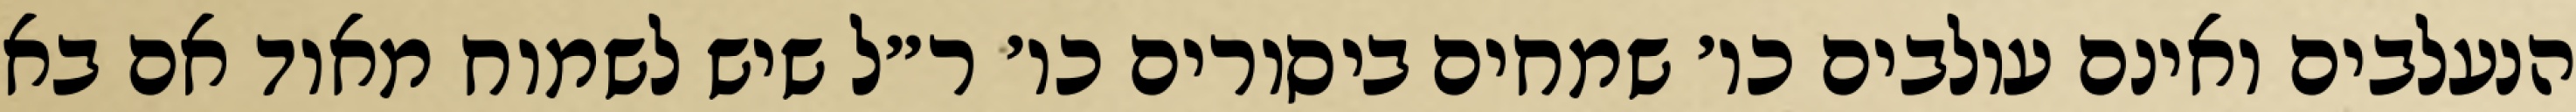
הנעלבים ואינם עולבים כו׳ שמחים ביסורים כו׳ ר״ל שיש לשמוח מאוד אם בא